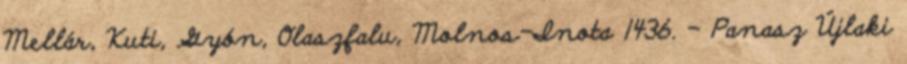
Mellár, Kuti, Gyón, Olaszfalu, Molnos-Inota 1436. – Panasz Újlaki